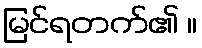
မြင်ရတက်၏ ။